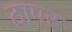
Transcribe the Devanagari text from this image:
ठापर